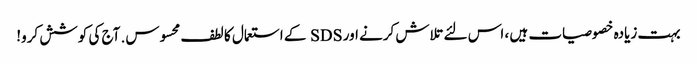
بہت زیادہ خصوصیات ہیں ، اس لئے تلاش کرنے اور SDS کے استعمال کا لطف محسوس. آج کی کوشش کرو!